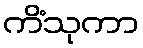
ကိံသုကာ